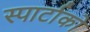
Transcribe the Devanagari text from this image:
स्पार्टाको